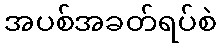
အပစ်အခတ်ရပ်စဲ